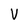
Character: V